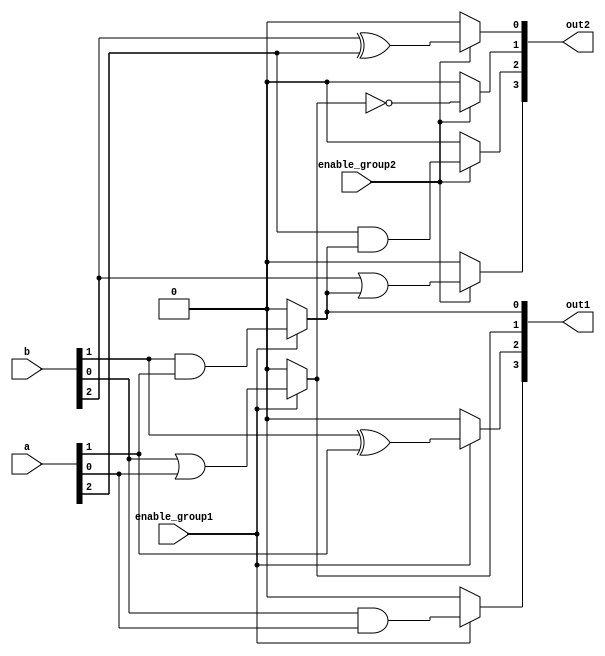
module overlapping_groups (
    input wire [3:0] a,       // Primary input signals
    input wire [3:0] b,       // Primary input signals
    input wire enable_group1, // Control signal for Group 1
    input wire enable_group2, // Control signal for Group 2
    output wire [3:0] out1,   // Output from Group 1
    output wire [3:0] out2    // Output from Group 2
);

// Group 1: Implements AND and OR logic
wire [3:0] group1_input;
assign group1_input = {a[0], b[0], a[1], b[1]}; // Overlapping inputs

assign out1[0] = enable_group1 ? (group1_input[0] & group1_input[1]) : 1'b0; // AND operation
assign out1[1] = enable_group1 ? (group1_input[2] | group1_input[3]) : 1'b0; // OR operation
assign out1[2] = enable_group1 ? (group1_input[0] ^ group1_input[1]) : 1'b0; // XOR operation
assign out1[3] = enable_group1 ? (group1_input[2] & group1_input[3]) : 1'b0; // AND operation

// Group 2: Implements XOR and NOT logic, using outputs from Group 1
wire [3:0] group2_input;
assign group2_input = {out1[0], out1[1], a[2], b[2]}; // Overlapping inputs

assign out2[0] = enable_group2 ? (group2_input[0] ^ group2_input[1]) : 1'b0; // XOR operation
assign out2[1] = enable_group2 ? ~group2_input[2] : 1'b0; // NOT operation
assign out2[2] = enable_group2 ? (group2_input[1] & group2_input[3]) : 1'b0; // AND operation
assign out2[3] = enable_group2 ? (group2_input[0] | group2_input[3]) : 1'b0; // OR operation

endmodule